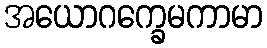
အယောဂက္ခေမကာမာ